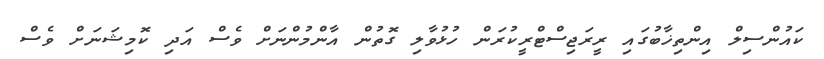
ކައުންސިލް އިންތިޚާބުގައި ރީރަޖިސްޓްރީކުރަން ހުޅުވާލި ގޮތުން އާންމުންނަށް ވެސް އަދި ކޮމިޝަނަށް ވެސް